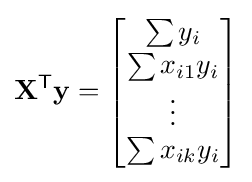
\mathbf {X} ^{\mathsf {T}}\mathbf {y} ={\begin{bmatrix}\sum y_{i}\\\sum x_{i1}y_{i}\\\vdots \\\sum x_{ik}y_{i}\end{bmatrix}}